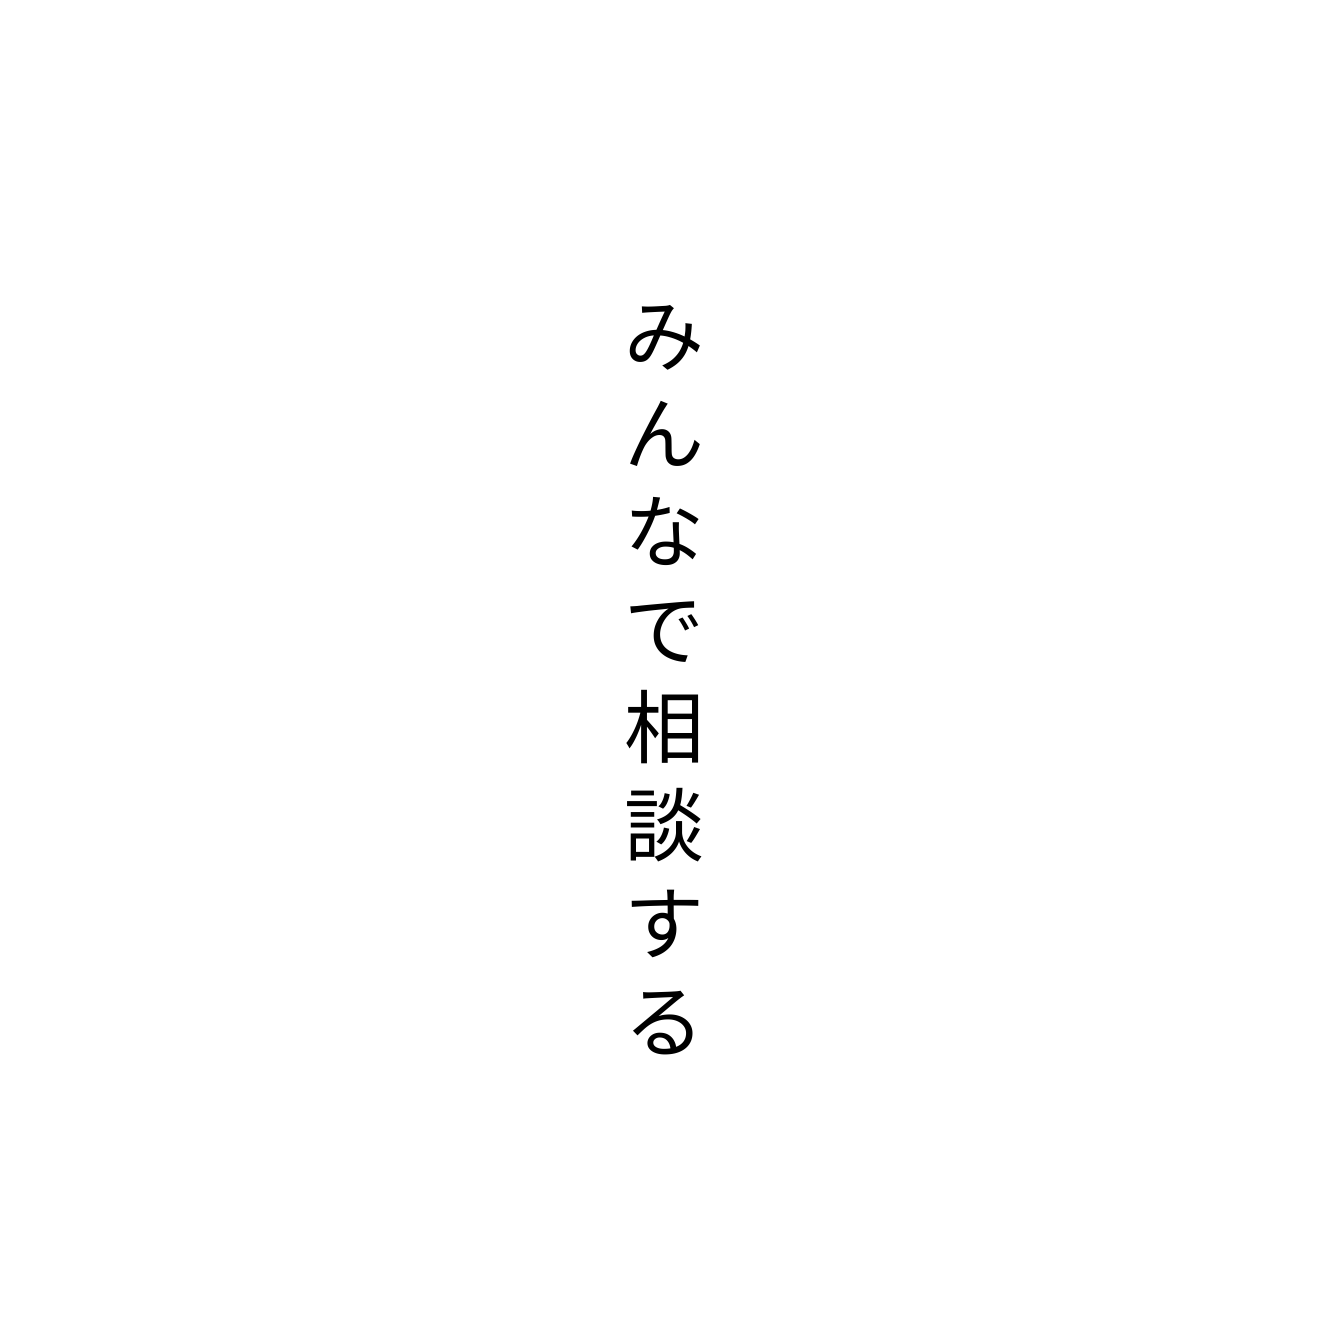
みんなで相談する